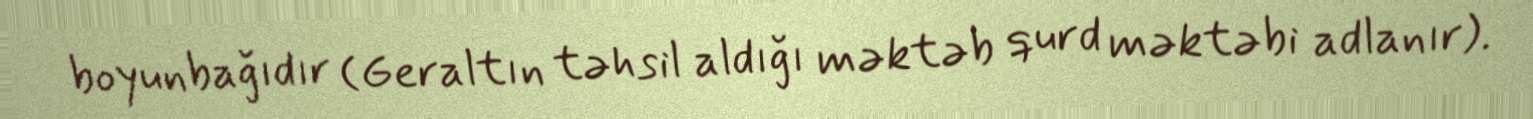
boyunbağıdır (Geraltın təhsil aldığı məktəb qurd məktəbi adlanır).